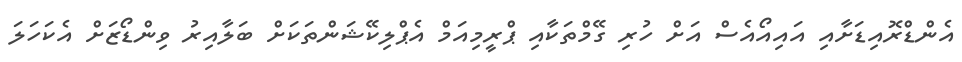
އެންޑްރޮއިޑަށާއި އައިއޯއެސް އަށް ހުރި ގޭމްތަކާއި ޕްރީމިއަމް އެޕްލިކޭޝަންތަކަށް ބަލާއިރު ވިންޑޯޒަށް އެކަހަލަ